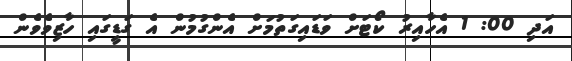
އަދި 00: 1 އެހާއިރު ކޯޓަށް ވަޑައިގަތުމަށް އެންގުމުން އެ ގަޑީގައި ހާޒިވެވެން